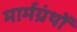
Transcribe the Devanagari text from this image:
मार्मग्रंथों